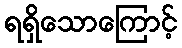
ရရှိသောကြောင့်